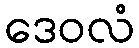
ဒေဝလံ